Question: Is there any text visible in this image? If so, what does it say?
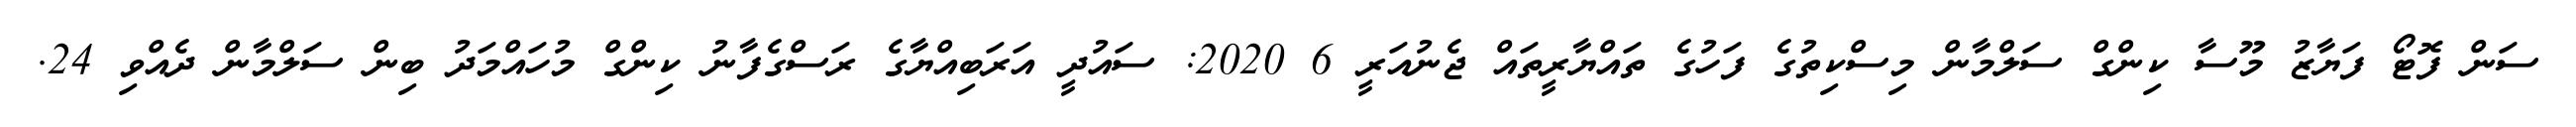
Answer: ސަން ފޮޓޯ ފަޔާޒު މޫސާ ކިންގް ސަލްމާން މިސްކިތުގެ ފަހުގެ ތައްޔާރީތައް ޖެނުއަރީ 6 2020: ސައުދީ އަރަބިއްޔާގެ ރަސްގެފާނު ކިންގް މުހައްމަދު ބިން ސަލްމާން ދެއްވި 24.